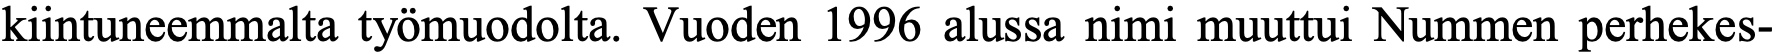
kiintuneemmalta työmuodolta. Vuoden 1996 alussa nimi muuttui Nummen perhekes-